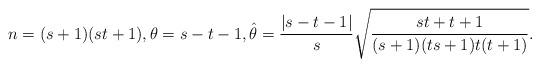
LaTeX: \begin{align*}n=(s+1)(st+1),\theta=s-t-1, \hat\theta =\frac{|s-t-1|}{s}\sqrt{\frac{st+t+1}{(s+1)(ts+1)t(t+1)}} .\end{align*}